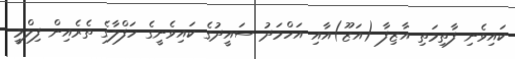
ކައިވެނި ފާތިމަތި އާޒިފާ (އަޒޫ)އާއި އަހްމަދު ސައީދުގެ ކައިވެނީގެ ހަފްލާގެ ތެރެއިން ފިލްމީ